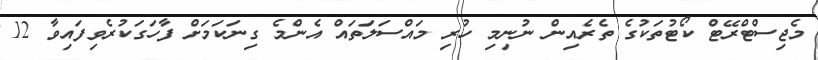
މެޖިސްޓްރޭޓް ކޯޓުތަކުގެ ތެރެއިން ނުނިމި ހުރި މައްސަލަތައް އެންމެ ގިނަކަމަށް ފާހަގަކުރެވިފައިވާ 12